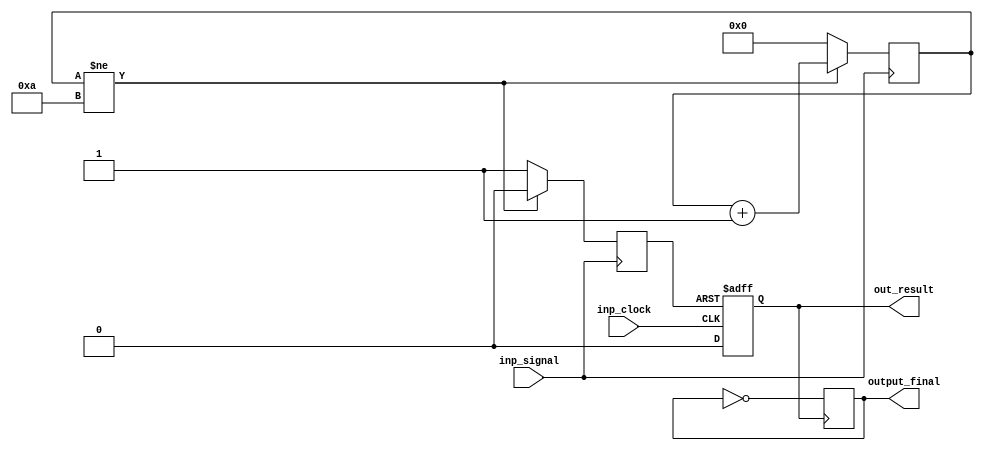
`timescale 1ns / 1ps
//////////////////////////////////////////////////////////////////////////////////
// Company: 
// Engineer: 
// 
// Design Name: 
// Module Name: Accumulator
// Project Name: 
// Target Devices: 
// Tool Versions: 
// Description: 
// 
// Dependencies: 
// 
// Revision:
// Revision 0.01 - File Created
// Additional Comments:
// 
//////////////////////////////////////////////////////////////////////////////////


module Accumulator(
    input inp_signal,
    input inp_clock,
    output reg out_result,
    output output_final
    );
    reg [7:0]count = 1'd0;
    reg trigger = 1'd0;
    reg output_final_dummy = 1'd0;
    always @ (posedge inp_signal)
    begin
        if(count!=10)
        begin
            count = count + 1'd1;
            trigger = 1'd0;
        end
            else
        begin
            count = 1'd0;
            trigger = 1'd1;
        end
    end
    
    always @(posedge inp_clock or posedge trigger)
    begin
        if (trigger == 1'd1)
            begin
            out_result = 1'd1;
            end
        else 
            out_result = 1'd0; 
    end
    
    always @(posedge out_result)
    begin
    output_final_dummy = !output_final_dummy;
    end
    
    assign output_final = output_final_dummy;
        
endmodule